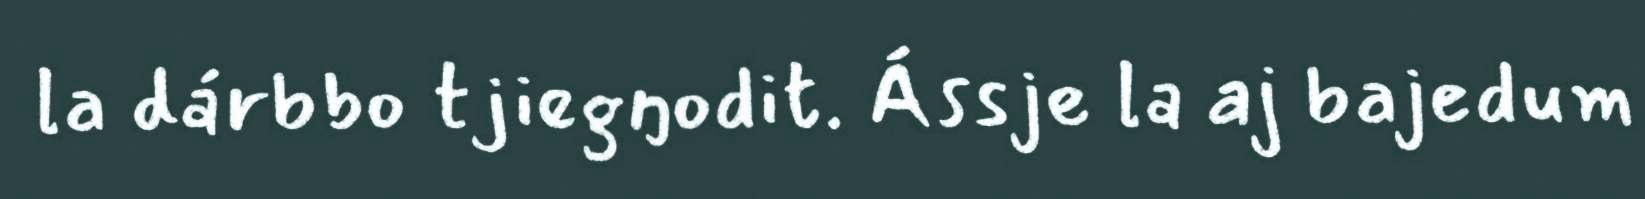
la dárbbo tjiegŋodit. Ássje la aj bajedum